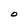
Character: 0